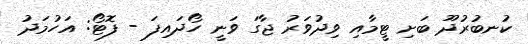
ކުނބުރުދޫ ބަށި ޓީމާއި ވިދުވަރު ޖާގަ ވަނީ ހޯދައިފަ - ފޮޓޯ: އަހުމަދު